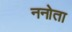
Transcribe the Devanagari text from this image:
ननोता